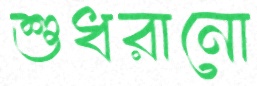
শুধরানো